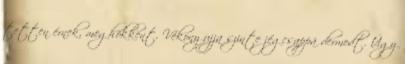
tetten érnek, meghökkent. Vékony ujja szinte jégcsappá dermedt. Úgy